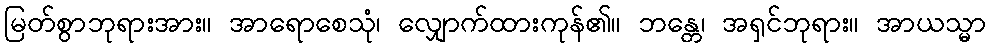
မြတ်စွာဘုရားအား။ အာရောစေသုံ၊ လျှောက်ထားကုန်၏။ ဘန္တေ၊ အရှင်ဘုရား။ အာယသ္မာ